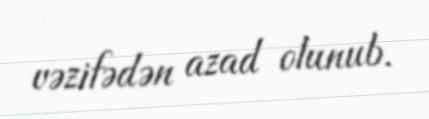
vəzifədən azad olunub.